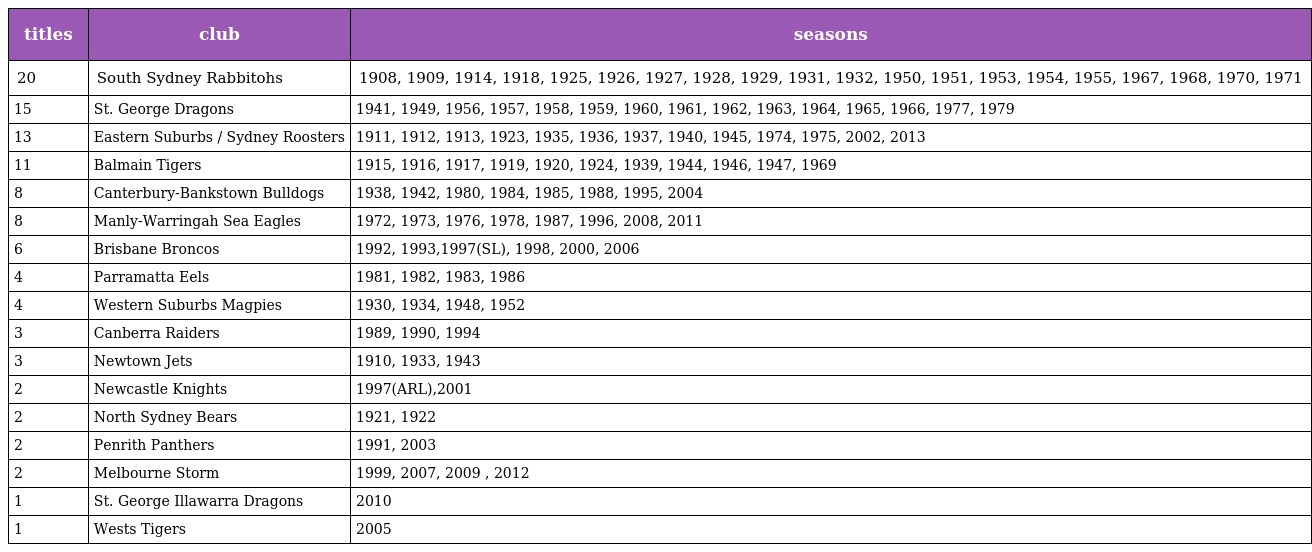
| titles | club | seasons |
 | --- | --- | --- |
 | 20 | South Sydney Rabbitohs | 1908, 1909, 1914, 1918, 1925, 1926, 1927, 1928, 1929, 1931, 1932, 1950, 1951, 1953, 1954, 1955, 1967, 1968, 1970, 1971 |
 | 15 | St. George Dragons | 1941, 1949, 1956, 1957, 1958, 1959, 1960, 1961, 1962, 1963, 1964, 1965, 1966, 1977, 1979 |
 | 13 | Eastern Suburbs / Sydney Roosters | 1911, 1912, 1913, 1923, 1935, 1936, 1937, 1940, 1945, 1974, 1975, 2002, 2013 |
 | 11 | Balmain Tigers | 1915, 1916, 1917, 1919, 1920, 1924, 1939, 1944, 1946, 1947, 1969 |
 | 8 | Canterbury-Bankstown Bulldogs | 1938, 1942, 1980, 1984, 1985, 1988, 1995, 2004 |
 | 8 | Manly-Warringah Sea Eagles | 1972, 1973, 1976, 1978, 1987, 1996, 2008, 2011 |
 | 6 | Brisbane Broncos | 1992, 1993,1997(SL), 1998, 2000, 2006 |
 | 4 | Parramatta Eels | 1981, 1982, 1983, 1986 |
 | 4 | Western Suburbs Magpies | 1930, 1934, 1948, 1952 |
 | 3 | Canberra Raiders | 1989, 1990, 1994 |
 | 3 | Newtown Jets | 1910, 1933, 1943 |
 | 2 | Newcastle Knights | 1997(ARL),2001 |
 | 2 | North Sydney Bears | 1921, 1922 |
 | 2 | Penrith Panthers | 1991, 2003 |
 | 2 | Melbourne Storm | 1999, 2007, 2009 , 2012 |
 | 1 | St. George Illawarra Dragons | 2010 |
 | 1 | Wests Tigers | 2005 |